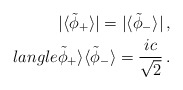
\begin{align*}|\langle\tilde{\phi}_+\rangle|=|\langle\tilde{\phi}_-\rangle|\, , \\langle\tilde{\phi}_+\rangle \langle\tilde{\phi}_-\rangle ={ic\over\sqrt2}\, .\end{align*}